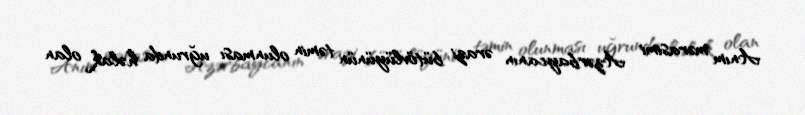
Anım mərasimi Azərbaycanın ərazi bütövlüyünün təmin olunması uğrunda həlak olan